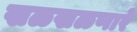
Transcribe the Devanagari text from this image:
खळखळणारे